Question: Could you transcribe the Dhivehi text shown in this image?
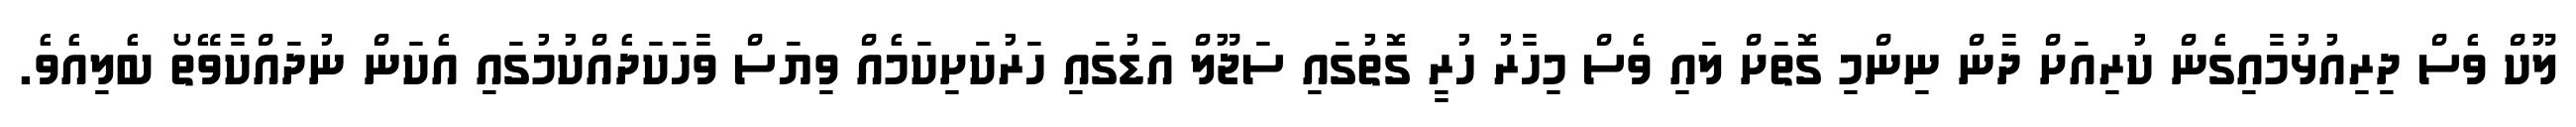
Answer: ލޫކް ވެސް ދިރިއުޅުމާއިގެން ކުރިއަށް ދާން ނިންމި ގޮތަށް ލައި ވެސް މިހާރު ހުރީ ގޮތުގައި ސަޖޫލް އަޑުގައި ހަރުކަށިކަމެއް ވިޔަސް ވާހަކަދެއްކުމުގައި އެކަން ނުދައްކާވޭތޯ ބެލިއެވެ.